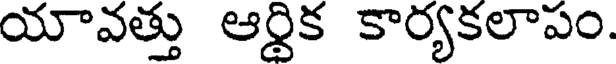
యావత్తు ఆర్థిక కార్యకలాపం.